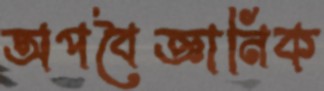
অপবৈজ্ঞানিক